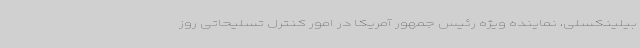
بیلینکسلی، نماینده ویژه رئیس جمهور آمریکا در امور کنترل تسلیحاتی روز